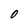
Character: o